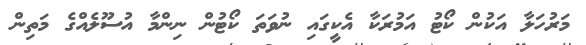
މަރުހަލާ އަކުން ކޯޓު އަމުރަކާ އެކީގައި ނުވަތަ ކޯޓުން ނިންމާ އުސޫލެއްގެ މަތިން